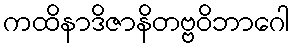
ကထိနာဒိဇာနိတဗ္ဗဝိဘာဂေါ